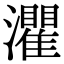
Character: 灈